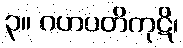
၃။ ဂဟပတိကုဋိ၊